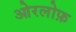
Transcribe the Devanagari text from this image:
ओरलोफ़